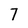
Character: 7